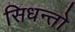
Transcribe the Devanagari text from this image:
सिधन्तो